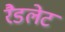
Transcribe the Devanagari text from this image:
रैडलेट